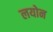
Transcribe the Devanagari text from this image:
लयोन